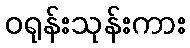
ဝရုန်းသုန်းကား